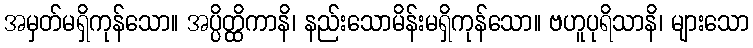
အမှတ်မရှိကုန်သော။ အပ္ပိတ္ထိကာနိ၊ နည်းသောမိန်းမရှိကုန်သော။ ဗဟူပုရိသာနိ၊ များသော